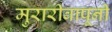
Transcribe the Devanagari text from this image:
मुरारीबापूनी